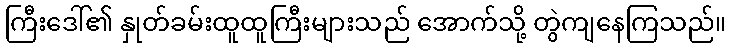
ကြီးဒေါ်၏ နှုတ်ခမ်းထူထူကြီးများသည် အောက်သို့ တွဲကျနေကြသည်။